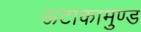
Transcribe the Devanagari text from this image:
ऊटाकामुण्ड